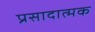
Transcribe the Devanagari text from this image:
प्रसादात्मक